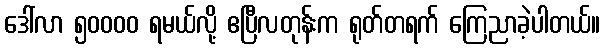
ဒေါ်လာ ၅၀၀၀၀ ရမယ်လို့ ဧပြီလတုန်းက ရုတ်တရက် ကြေညာခဲ့ပါတယ်။